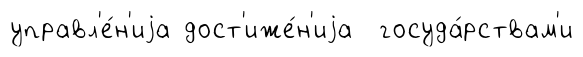
управл'е́н'иjа дост'иже́н'иjа госуда́рствам'и